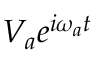
V _ { a } e ^ { i \omega _ { a } t }